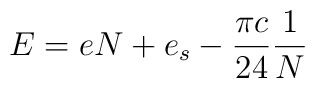
E = e N + e_s -\frac{\pi c}{24}        \frac{1}{N}